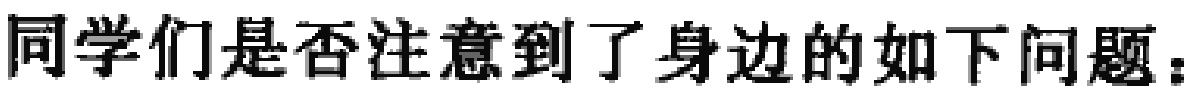
同学们是否注意到了身边的如下问题：